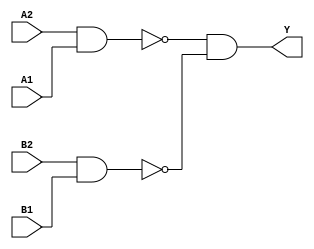
module sky130_fd_sc_lp__a22oi (
    Y ,
    A1,
    A2,
    B1,
    B2
);

    // Module ports
    output Y ;
    input  A1;
    input  A2;
    input  B1;
    input  B2;

    // Local signals
    wire nand0_out ;
    wire nand1_out ;
    wire and0_out_Y;

    //   Name   Output      Other arguments
    nand nand0 (nand0_out , A2, A1              );
    nand nand1 (nand1_out , B2, B1              );
    and  and0  (and0_out_Y, nand0_out, nand1_out);
    buf  buf0  (Y         , and0_out_Y          );

endmodule